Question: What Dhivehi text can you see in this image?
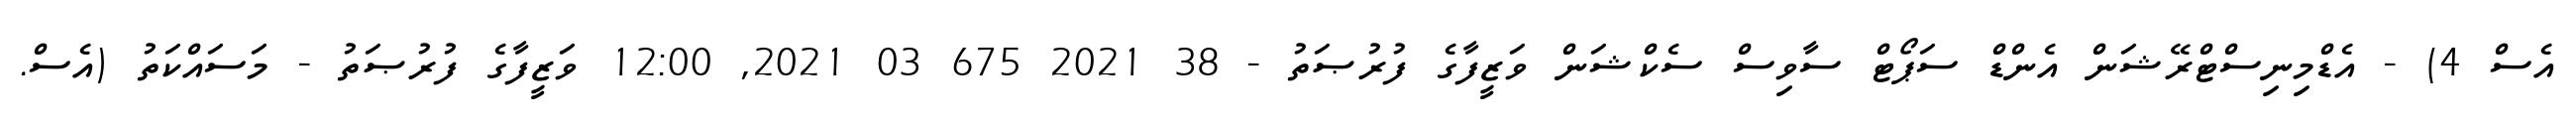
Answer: އެސް 4) - އެޑްމިނިސްޓްރޭޝަން އެންޑް ސަޕޯޓް ސާވިސް ސެކްޝަން ވަޒީފާގެ ފުރުޞަތު - 38 2021 675 03 2021, 12:00 ވަޒީފާގެ ފުރުޞަތު - މަސައްކަތު (އެސް.